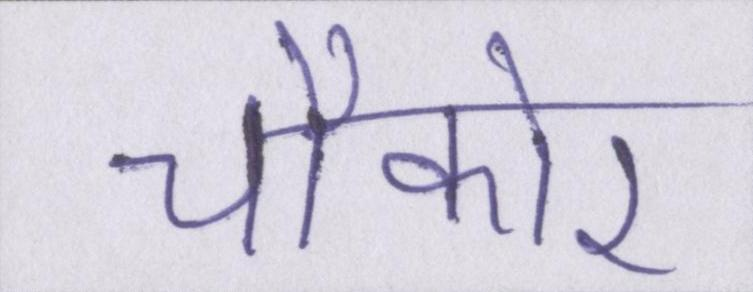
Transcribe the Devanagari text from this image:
चौकोर